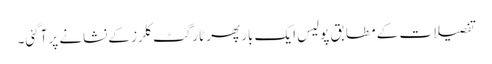
تفصیلات کے مطابق پولیس ایک بار پھر ٹارگٹ کلرز کےنشانے پر آگئی۔